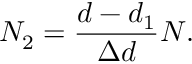
N _ { 2 } = \frac { d - d _ { 1 } } { \Delta d } N .